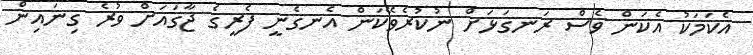
އެކަމަކު އެކަން ވެސް ރަނގަޅަށް ނުކުރެވޭކަން އެނގެނީ ފެރީގެ ޖާގައަށް ވުރެ ގިނައިން